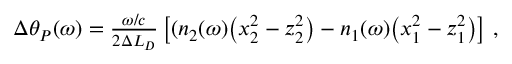
\begin{array} { r } { \Delta \theta _ { P } ( \omega ) = \frac { \omega / c } { 2 \Delta L _ { D } } \left[ ( n _ { 2 } ( \omega ) \big ( x _ { 2 } ^ { 2 } - z _ { 2 } ^ { 2 } \big ) - n _ { 1 } ( \omega ) \big ( x _ { 1 } ^ { 2 } - z _ { 1 } ^ { 2 } \big ) \right] \, , } \end{array}